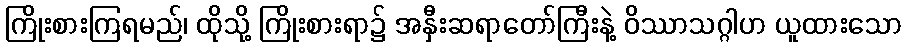
ကြိုးစားကြရမည်၊ ထိုသို့ ကြိုးစားရာ၌ အနှီးဆရာတော်ကြီးနဲ့ ဝိဿာသဂ္ဂါဟ ယူထားသော